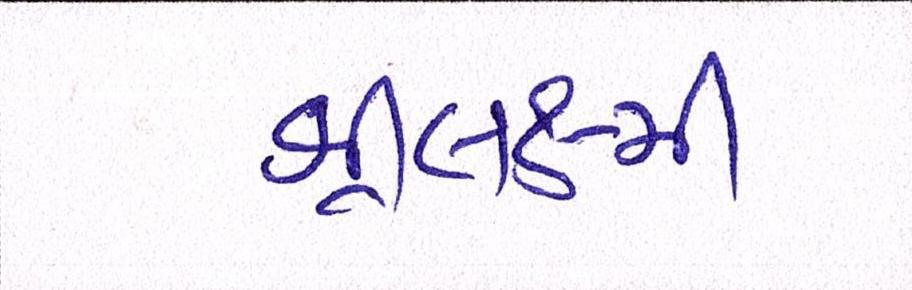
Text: શ્રીલક્ષ્મી